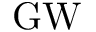
\mathrm { G W }